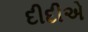
દીદીએ